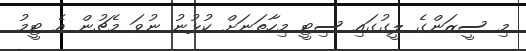
މި ސީޒަންގެ ލީގުގައި ސިޓީ މިހާތަނަށް ކުޅުނު ނުވަ މެޗުން އެ ޓީމު